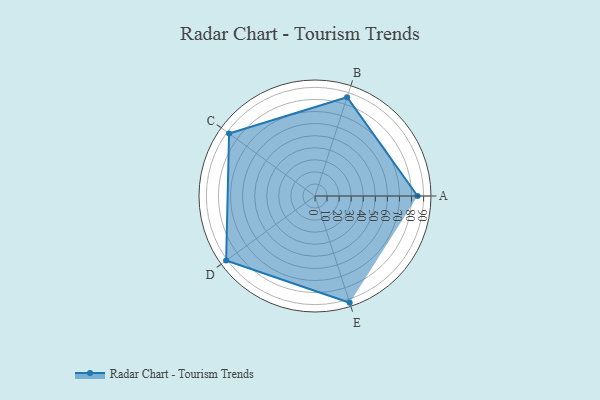
{"axis": {"x": "Skill", "y": "Score"}, "legend": ["Profile"], "data": [{"x": "A", "y": 85.0, "type": "Profile"}, {"x": "B", "y": 86.0, "type": "Profile"}, {"x": "C", "y": 88.0, "type": "Profile"}, {"x": "D", "y": 91.0, "type": "Profile"}, {"x": "E", "y": 93.0, "type": "Profile"}]}